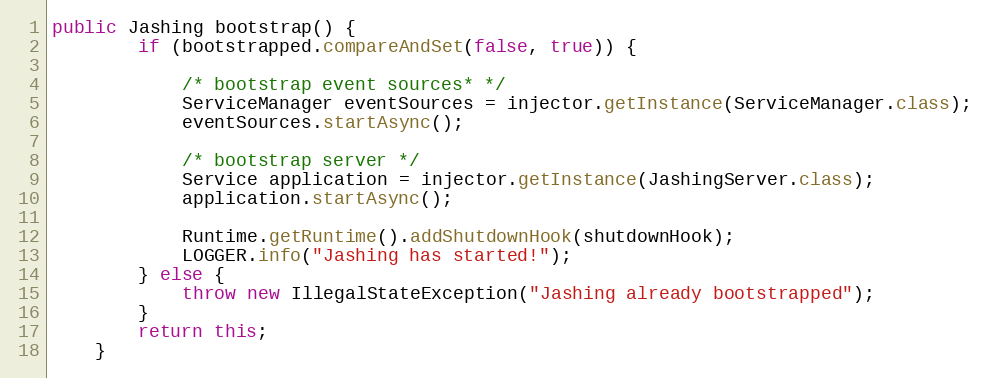
Language: Java
public Jashing bootstrap() {
        if (bootstrapped.compareAndSet(false, true)) {

            /* bootstrap event sources* */
            ServiceManager eventSources = injector.getInstance(ServiceManager.class);
            eventSources.startAsync();

            /* bootstrap server */
            Service application = injector.getInstance(JashingServer.class);
            application.startAsync();

            Runtime.getRuntime().addShutdownHook(shutdownHook);
            LOGGER.info("Jashing has started!");
        } else {
            throw new IllegalStateException("Jashing already bootstrapped");
        }
        return this;
    }